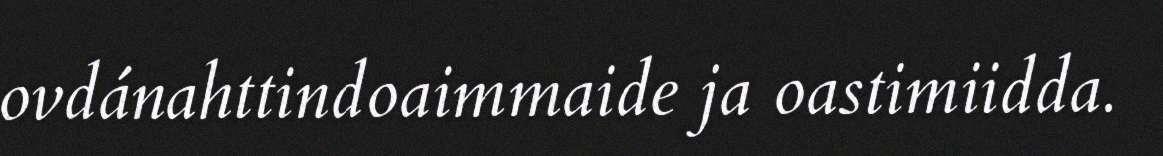
ovdánahttindoaimmaide ja oastimiidda.